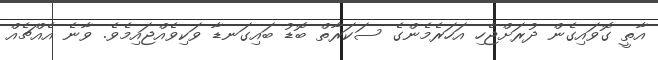
އާތީ ގޮވައިގެން ދުރަށްޖެހި އަހަރެމެންގެ ސަކަރާތް ބޮޑު ބައިގަނޑާ ވަކިވެއްޖައިމެވެ. ވާނެ އެއްޗެއް